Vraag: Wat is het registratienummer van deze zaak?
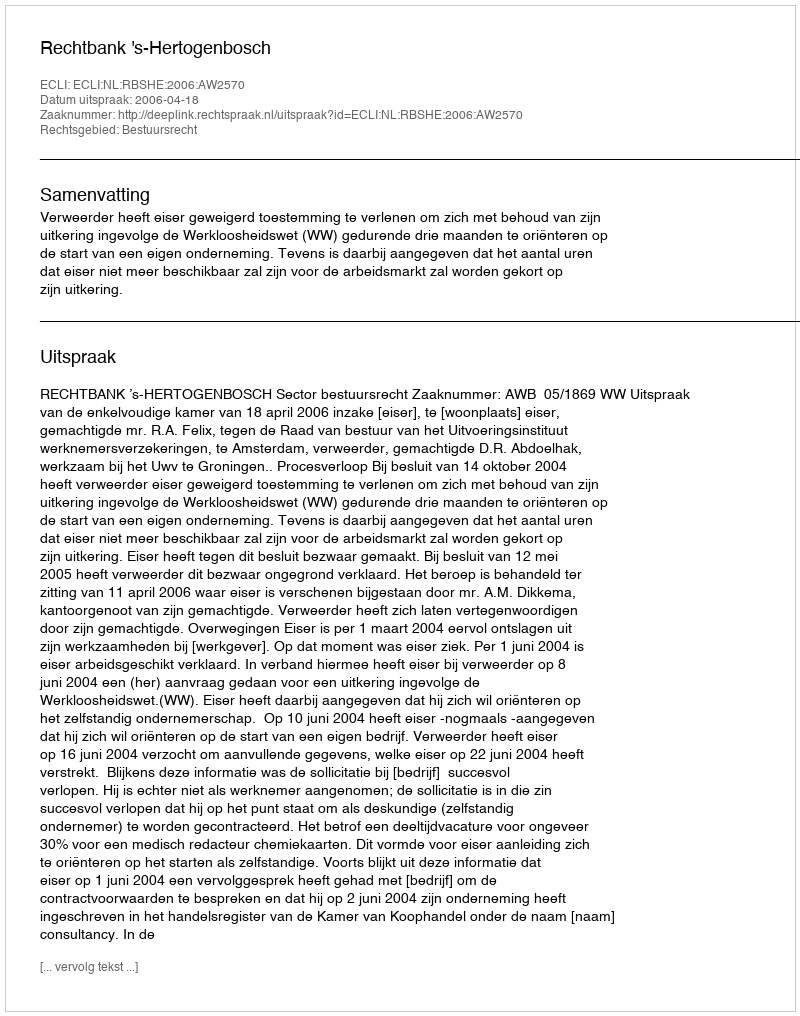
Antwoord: http://deeplink.rechtspraak.nl/uitspraak?id=ECLI:NL:RBSHE:2006:AW2570